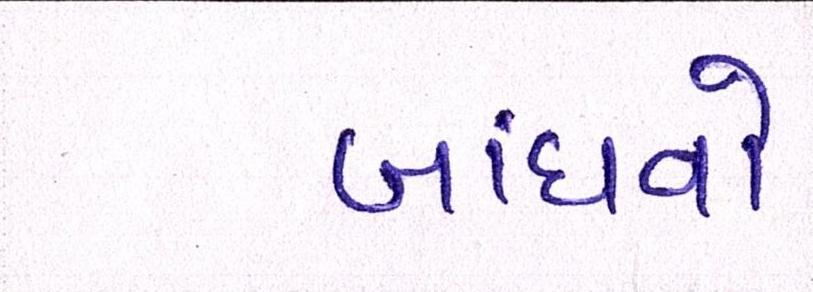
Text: બાંધવો